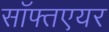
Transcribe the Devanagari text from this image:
सॉफ्तएयर